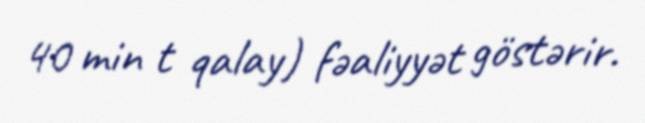
40 min t qalay) fəaliyyət göstərir.